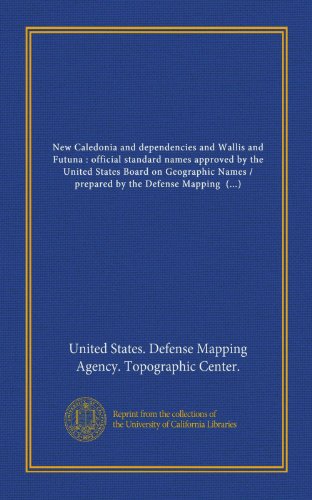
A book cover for New Caledonia and dependencies and Wallis and Futuna : official standard names approved by the United States Board on Geographic Names / prepared by the Defense Mapping Agency Topographic Center; United States. Defense Mapping Agency. Topographic Center.; Travel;